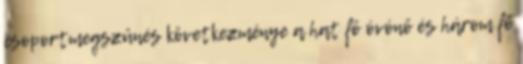
csoportmegszűnés következménye a hat fő óvónő és három fő